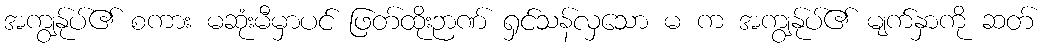
အကျွန်ုပ်၏ စကား မဆုံးမီမှာပင် ဖြတ်ထိုးဉာဏ် ရှင်သန်လှသော မ က အကျွန်ုပ်၏ မျက်နှာကို ဆတ်